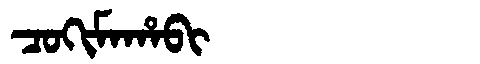
Manchu: ᠴᠣᡴᡳᠮᠠᡥᠠᠪᡳ
Romanization: COKIMAHABI